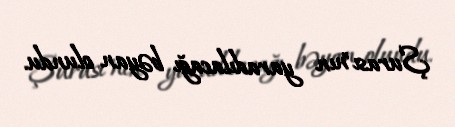
Şurası"nın yaradılacağı bəyan olundu.